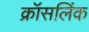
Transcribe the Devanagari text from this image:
क्रॉसलिंक